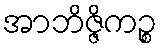
အာဘိဇ္ဇိကဉ္စ